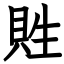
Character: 貹